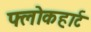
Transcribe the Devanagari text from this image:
फ्लोकहार्ट